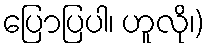
ပြောပြပါ၊ ဟူလို၊)